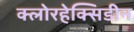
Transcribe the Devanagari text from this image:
क्लोरहेक्सिडीन